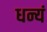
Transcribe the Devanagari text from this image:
धन्यं